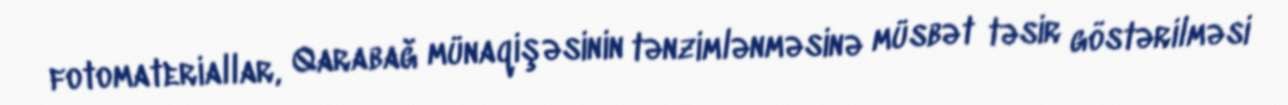
fotomateriallar, Qarabağ münaqişəsinin tənzimlənməsinə müsbət təsir göstərilməsi